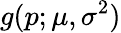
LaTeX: g(p;\mu,\sigma^{2})